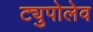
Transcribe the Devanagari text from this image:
ट्युपोलेव